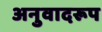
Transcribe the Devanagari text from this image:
अनुवादरूप